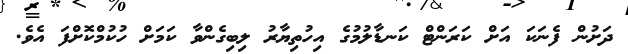
ދަށުން ފެނަކަ އަށް ކަރަންޓް ކަނޑާލުމުގެ އިހުތިޔާރު ލިބިގެންވާ ކަމަށް ހުކުމްކޮށްފަ އެވެ.